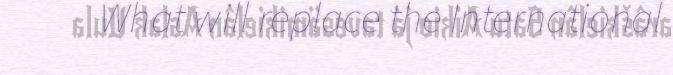
What will replace the International